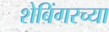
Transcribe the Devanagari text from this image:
शेबिंगरच्या